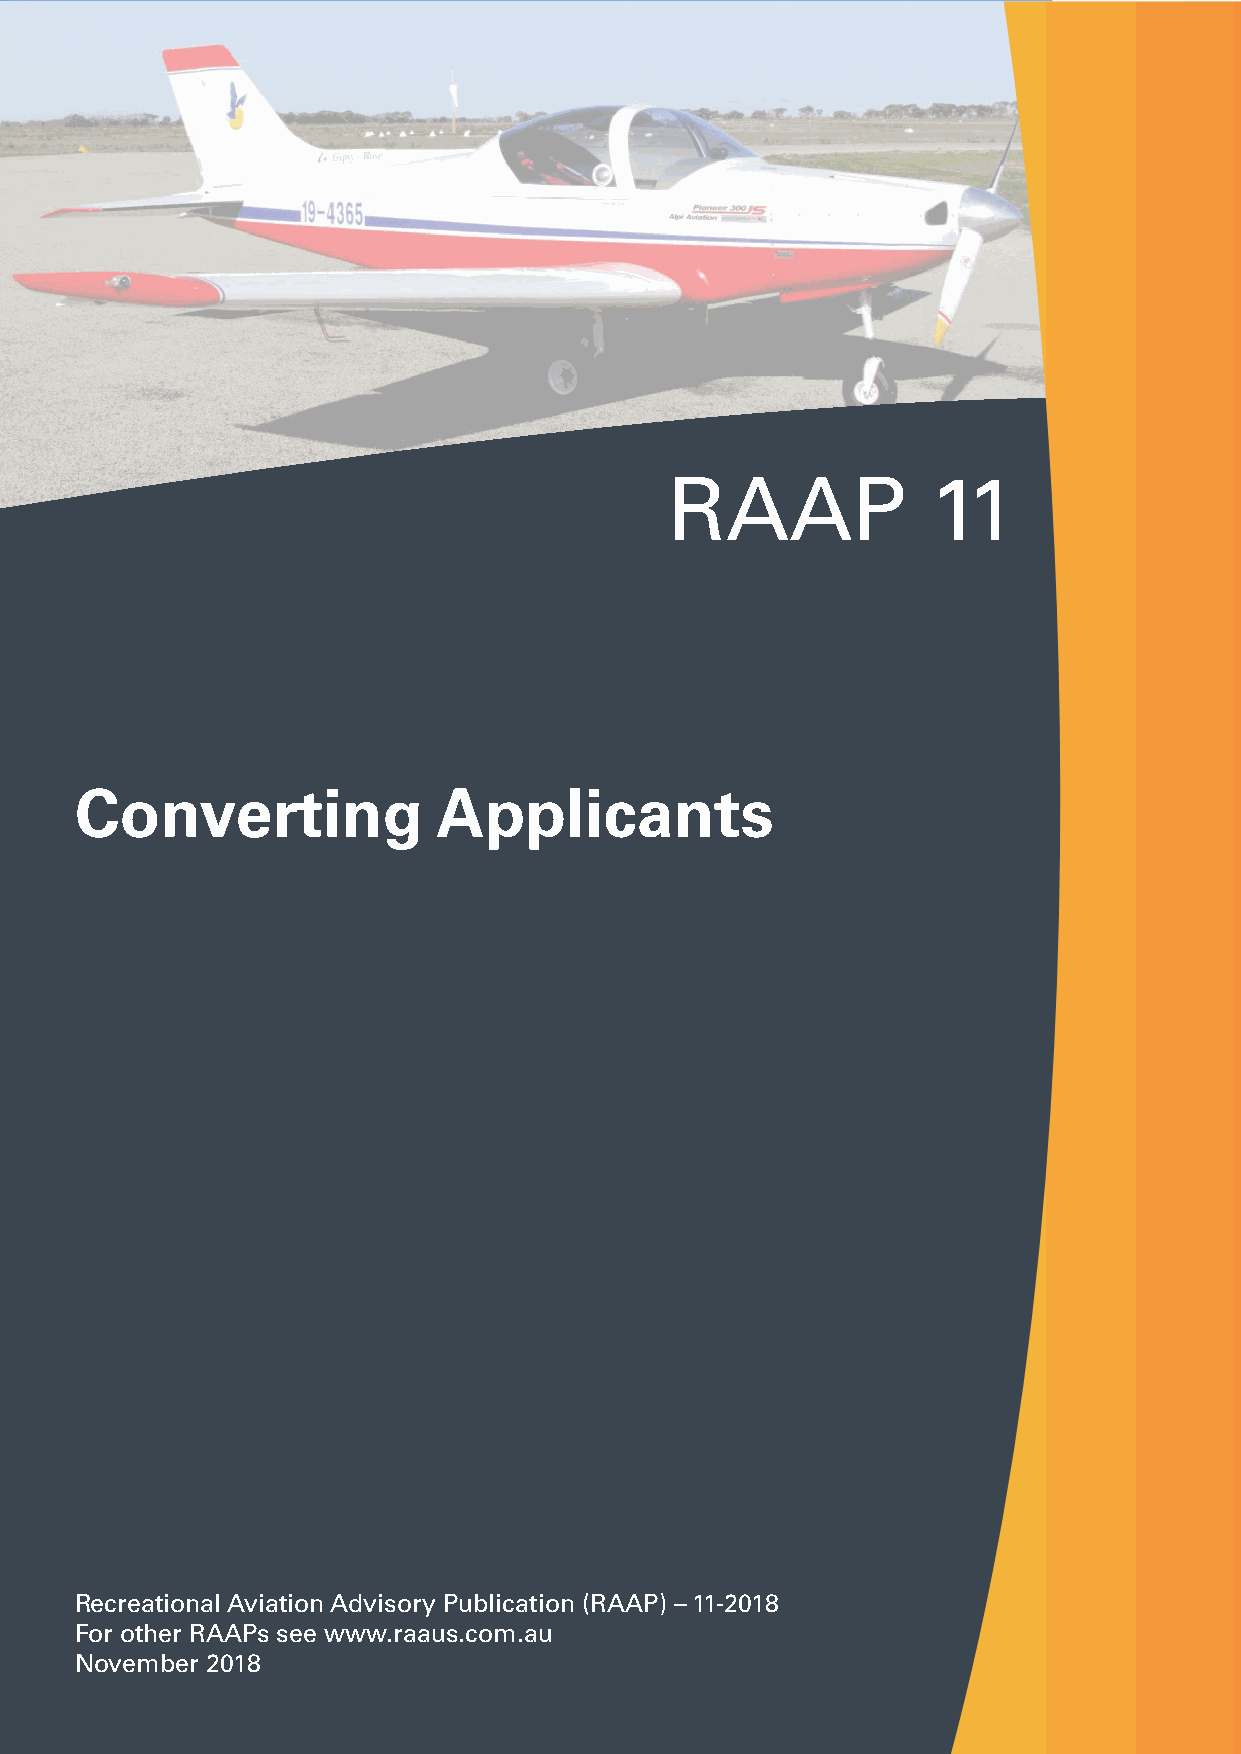
RAAP              11
 Converting              Applicants
 Recreational Aviation Advisory Publication (RAAP) – 11-2018
 For other RAAPs see www.raaus.com.au
 November 2018
 3